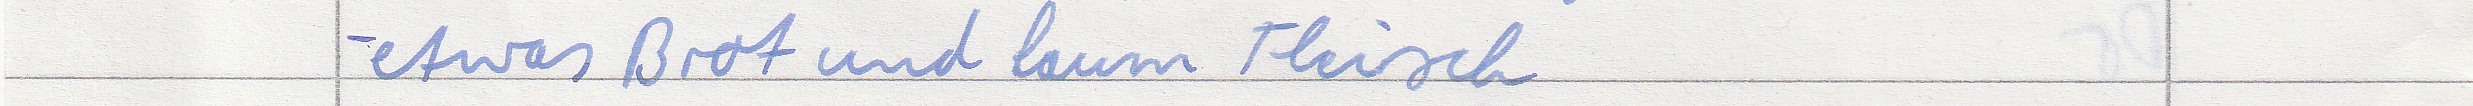
- etwas Brot und kaum Fleisch